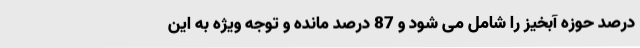
درصد حوزه آبخیز را شامل می شود و 87 درصد مانده و توجه ویژه به این